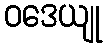
ဝဒေယျု